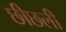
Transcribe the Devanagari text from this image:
छीछली